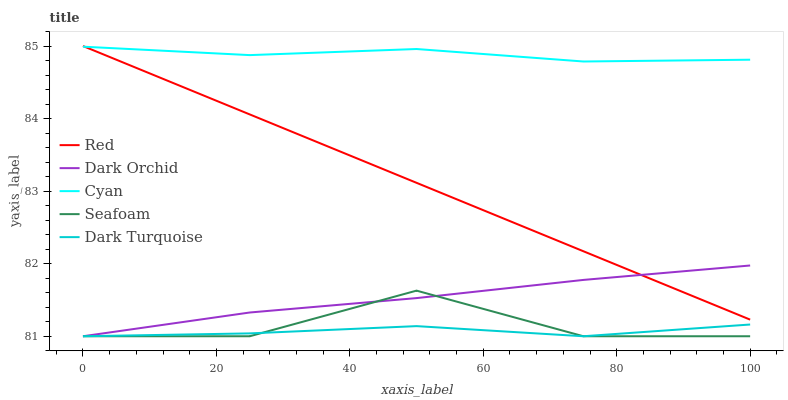
| xaxis_label | Red | Dark Orchid | Cyan | Seafoam | Dark Turquoise |
 | --- | --- | --- | --- | --- | --- |
 | 0 | 85 | 81 | 85 | 81 | 81 |
 | 25 | 84.1 | 81.3 | 84.9 | 81 | 81 |
 | 50 | 83.1 | 81.5 | 85 | 81.6 | 81.1 |
 | 75 | 82.2 | 81.8 | 84.8 | 81 | 81 |
 | 100 | 81.2 | 82 | 84.8 | 81 | 81.2 |